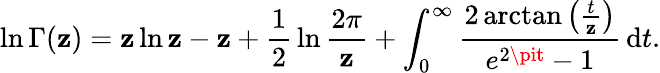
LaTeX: \ln\Gamma(\mathbf{z})=\mathbf{z}\ln\mathbf{z}-\mathbf{z}+{\frac{{1}}{{2}}}\ln{\frac{{2\pi}}{{\mathbf{z}}}}+\int_{0}^{\infty}{\frac{{2\arctan\left({\frac{{t}}{{\mathbf{z}}}}\right)}}{{e^{2\pit}-1}}}\, \mathrm{{{d}}}t.